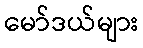
မော်ဒယ်များ